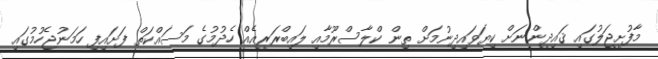
މާފުށީޖަލުގައި ޤައިދީންނަށް ކިޔަވައިދިނުމަށް ތިން ކްލާސްރޫމާއި ލައިބްރަރީއެއް ހެދުމުގެ މަސައްކަތް ފަށައިފި ހަމަނުޖެހުމުގައި